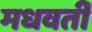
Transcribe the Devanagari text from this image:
मधवर्ती